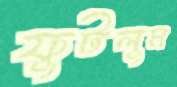
ফুটলুম